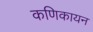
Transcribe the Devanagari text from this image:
कणिकायन